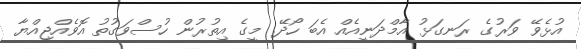
އުޅެވޭ ވަރުގެ ރަނގަޅު އާމްދަނީއެއް އެބަ ހޯދޭ. މީގެ އިތުރުން ހުސްވަގުތު އޮވެއްޖިއްޔާ